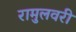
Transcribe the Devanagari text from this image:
रामुलवरी